Vaccine operations Central Provinces & Berar 1922-1929 - 1922-1929
Year: 1922
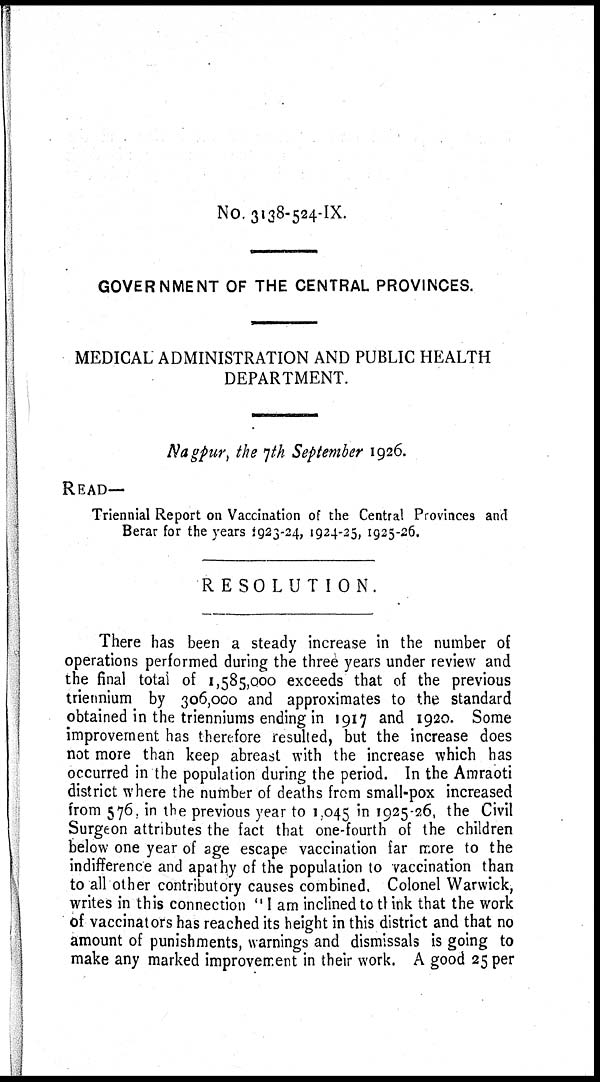
No. 3138-524-IX.
GOVERNMENT OF THE CENTRAL PROVINCES.
MEDICAL ADMINISTRATION AND PUBLIC HEALTH
DEPARTMENT.
Nagpur, the 7th September 1926.
READ—
Triennial Report on Vaccination of the Central Provinces and
Berar for the years 1923-24, 1924-25, 1925-26.
RESOLUTION.
There has been a steady increase in the number of
operations performed during the three years under review and
the final total of 1,585,000 exceeds that of the previous
triennium by 306,000 and approximates to the standard
obtained in the trienniums ending in 1917 and 1920. Some
improvement has therefore resulted, but the increase does
not more than keep abreast with the increase which has
occurred in the population during the period. In the Amraoti
district where the number of deaths from small-pox increased
from 576. in the previous year to 1,045 in 1925-26, the Civil
Surgeon attributes the fact that one-fourth of the children
below one year of age escape vaccination far more to the
indifference and apathy of the population to vaccination than
to all other contributory causes combined. Colonel Warwick,
writes in this connection " I am inclined to think that the work
of vaccinators has reached its height in this district and that no
amount of punishments, warnings and dismissals is going to
make any marked improvement in their work. A good 25 per